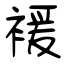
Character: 褑